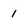
Character: 1